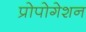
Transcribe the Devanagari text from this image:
प्रोपोगेशन